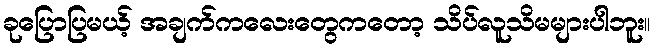
ခုပြောပြမယ့် အချက်ကလေးတွေကတော့ သိပ်လူသိမများပါဘူး။